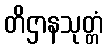
တိဌာနသုတ္တံ